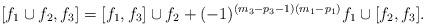
LaTeX: \begin{align*} [f_1\cup f_2, f_3]=[f_1, f_3]\cup f_2+(-1)^{(m_3-p_3-1)(m_1-p_1)}f_1\cup [f_2, f_3].\end{align*}